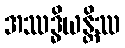
အဿဒ္ဓိယန္တိဿ